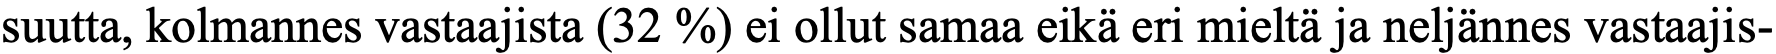
suutta, kolmannes vastaajista (32 %) ei ollut samaa eikä eri mieltä ja neljännes vastaajis-